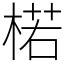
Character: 楉